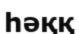
һәққ